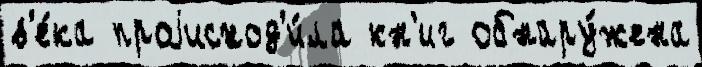
в'е́ка проjисход'и́ла кн'иг обнару́жена